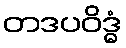
တဒပဝိဒ္ဓံ